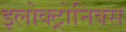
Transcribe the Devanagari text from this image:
इलोक्ट्रोनिक्स